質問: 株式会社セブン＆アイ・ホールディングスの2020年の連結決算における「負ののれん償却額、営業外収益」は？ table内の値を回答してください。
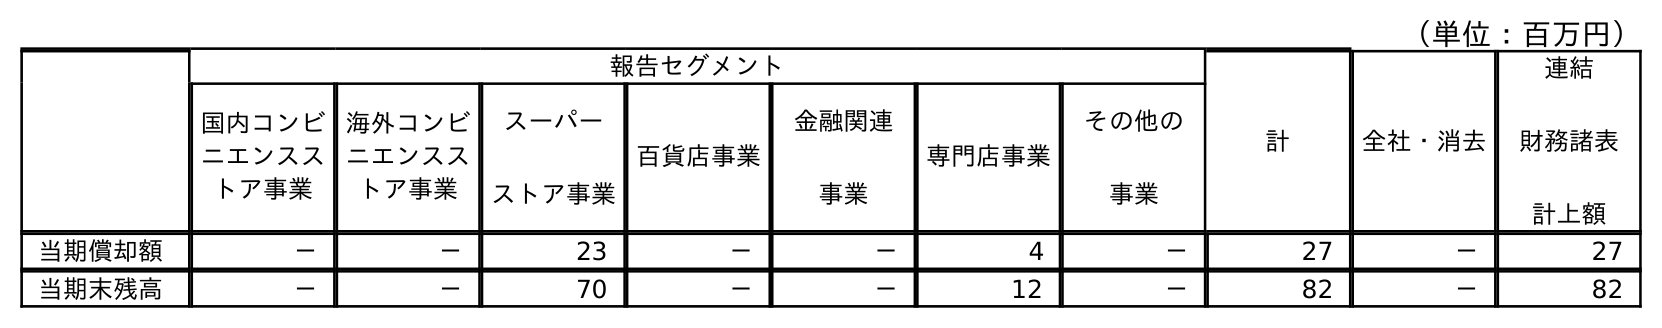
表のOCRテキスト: （単位：百万円） 報告セグメント 計 全社・消去 連結 財務諸表 計上額 国内コンビ ニエンスス トア事業 海外コンビ ニエンスス トア事業 スーパー ストア事業 百貨店事業 金融関連 事業 専門店事業 その他の 事業 当期償却額 － － 23 － － 4 － 27 － 27 当期末残高 － － 70 － － 12 － 82 － 82
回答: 27